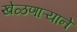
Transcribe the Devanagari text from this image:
खेळणाऱ्याने